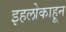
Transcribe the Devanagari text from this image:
इहलोकाहून